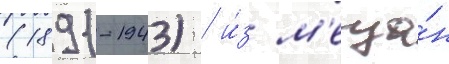
(1891-1943) / и́з м'еща́н